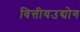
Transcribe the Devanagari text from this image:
वित्तीयउद्योग